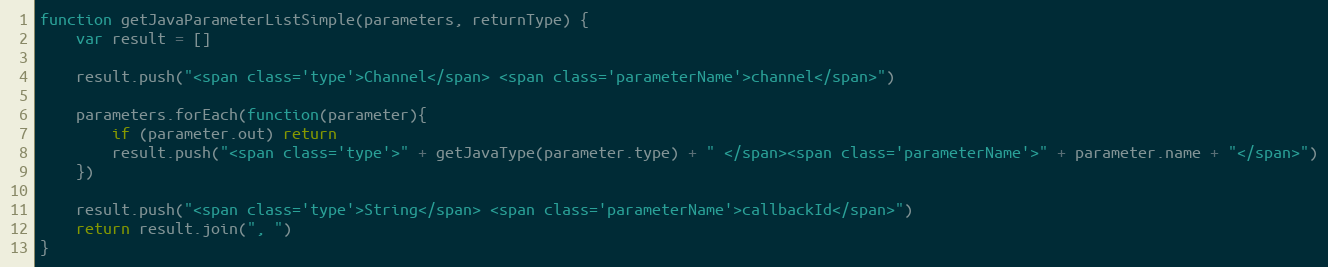
Language: JavaScript
function getJavaParameterListSimple(parameters, returnType) {
    var result = []

    result.push("<span class='type'>Channel</span> <span class='parameterName'>channel</span>")

    parameters.forEach(function(parameter){
        if (parameter.out) return
        result.push("<span class='type'>" + getJavaType(parameter.type) + " </span><span class='parameterName'>" + parameter.name + "</span>")
    })

    result.push("<span class='type'>String</span> <span class='parameterName'>callbackId</span>")
    return result.join(", ")
}